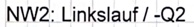
Text: NW2: Linkslauf / -Q2